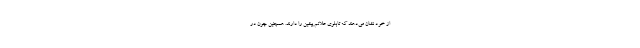
از خود نشان می‌دهند که تابلوی علائم پیشین را دارند. همچنین چون در